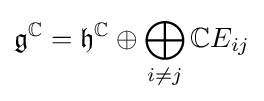
{\mathfrak {g}}^{\mathbb {C} }={\mathfrak {h}}^{\mathbb {C} }\oplus \bigoplus _{i\neq j}\mathbb {C} E_{ij}